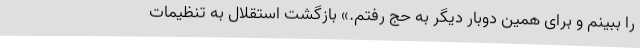
را ببینم و برای همین دوبار دیگر به حج رفتم.» بازگشت استقلال به تنظیمات